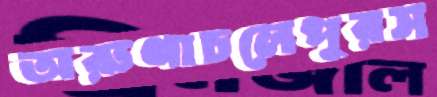
অরুণাচলেপুরস